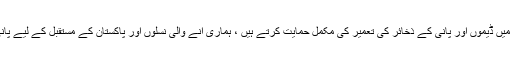
انہوں نے کہاکہ ہم ملک میں ڈیموں اور پانی کے ذخائر کی تعمیر کی مکمل حمایت کرتے ہیں ، ہماری آنے والی نسلوں اور پاکستان کے مستقبل کے لیے پانی بنیادی ضرورت ہے ۔